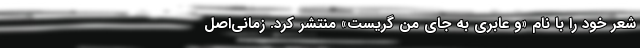
شعر خود را با نام «و عابری به جای من گریست» منتشر کرد. زمانی‌اصل